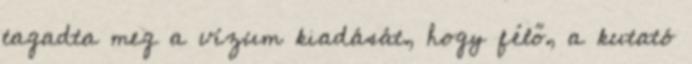
tagadta meg a vízum kiadását, hogy félő, a kutató